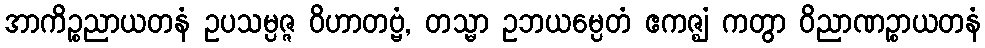
အာကိဉ္စညာယတနံ ဥပသမ္ပဇ္ဇ ဝိဟာတဗ္ဗံ, တသ္မာ ဥဘယမ္ပေတံ ဧကဇ္ဈံ ကတွာ ဝိညာဏဉ္စာယတနံ